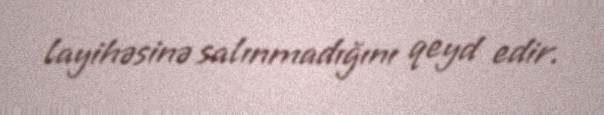
layihəsinə salınmadığını qeyd edir.